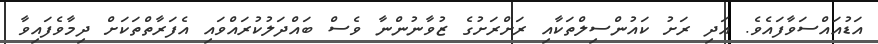
އަޑުއައްސަވާފައެވެ. އަދި ރަށު ކައުންސިލްތަކާއި ރަށްރަށުގެ ޒުވާނުންނާ ވެސް ބައްދަލުކުރައްވައި އެފަރާތްތަކަށް ދިމާވެފައިވާ